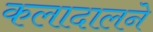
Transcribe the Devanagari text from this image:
कलादालने